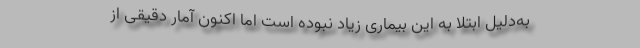
به‌دلیل ابتلا به این بیماری زیاد نبوده است اما اکنون آمار دقیقی از